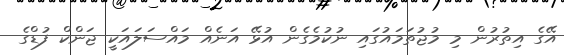
އޭގެ އިތުރުން މި މުޖުތަމައުގައި ނުކުމެގެން އުޅޭ އަނެއް މައްސަލައަކީ ޖަންކް ފުޑްގެ